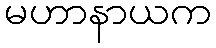
မဟာနာယက